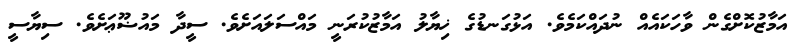
އަމާޒުކޮށްގެން ވާހަކައެއް ނުދައްކަމެވެ. އަޅުގަނޑުގެ ޚިޔާލު އަމާޒުކުރަނީ މައްސަލައަށެވެ. ސީދާ މައުޟޫޢަށެވެ. ސިޔާސީ